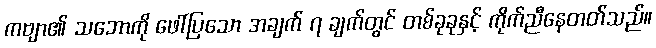
ကဗျာ၏ သဘောကို ဖေါ်ပြသော အချက် ၇ ချက်တွင် တစ်ခုခုနှင့် ကိုက်ညီနေတတ်သည်။